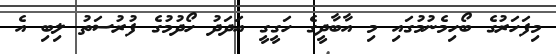
މިފަހަރުގެ ބޯހިމެނުމުގައި މި އާބާދީގެ ހަގީގީ އަދަދު ހޯދުމުގެ ފުރުސަތު ލިބި އެ